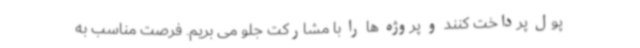
پول پرداخت کنند و پروژه ها را با مشارکت جلو می بریم. فرصت مناسب به